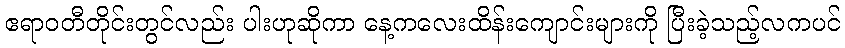
ဧရာဝတီတိုင်းတွင်လည်း ပါးဟုဆိုကာ နေ့ကလေးထိန်းကျောင်းများကို ပြီးခဲ့သည့်လကပင်